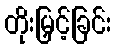
တိုးမြှင့်ခြင်း